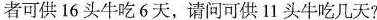
者可供16头牛吃6天，请问可供11头牛吃几天？